Report of an investigation of the epidemic of malarial fever in Assam, or, kala-azar
Disease focus: Malaria
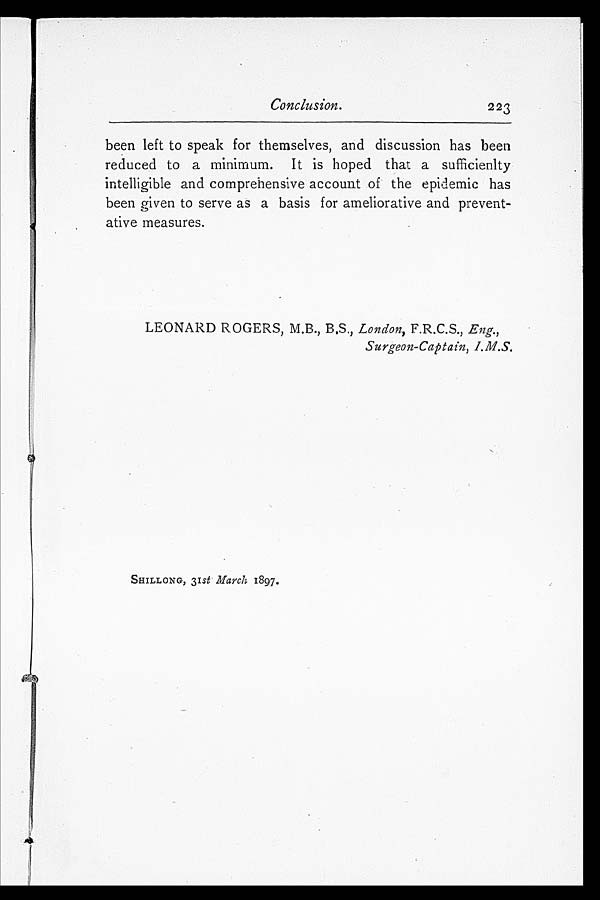
Conclusion.
223
been left to speak for themselves, and discussion has been
reduced to a minimum. It is hoped that a sufficienlty
intelligible and comprehensive account of the epidemic has
been given to serve as a basis for ameliorative and prevent-
ative measures.
LEONARD ROGERS, M.B., B.S., London, F.R.C.S., Eng.,
Surgeon-Captain, I.M.S.
SHILLONG, 31 st March 1897.